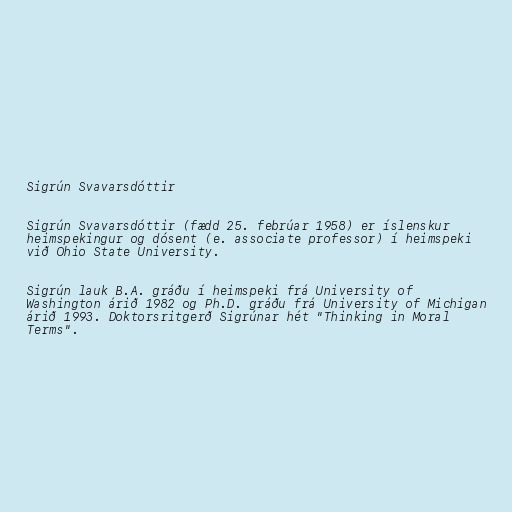
Sigrún Svavarsdóttir

Sigrún Svavarsdóttir (fædd 25. febrúar 1958) er íslenskur
heimspekingur og dósent (e. associate professor) í heimspeki
við Ohio State University.

Sigrún lauk B.A. gráðu í heimspeki frá University of
Washington árið 1982 og Ph.D. gráðu frá University of Michigan
árið 1993. Doktorsritgerð Sigrúnar hét "Thinking in Moral
Terms".